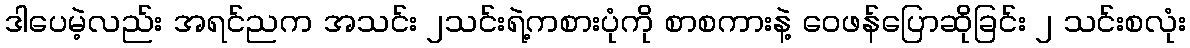
ဒါပေမဲ့လည်း အရင်ညက အသင်း ၂သင်းရဲ့ကစားပုံကို စာစကားနဲ့ ဝေဖန်ပြောဆိုခြင်း ၂ သင်းစလုံး